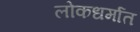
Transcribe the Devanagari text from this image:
लोकधर्मात